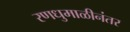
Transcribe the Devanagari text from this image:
रणधुमाळीनंतर